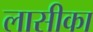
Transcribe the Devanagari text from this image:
लासीका